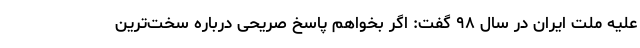
علیه ملت ایران در سال ۹۸ گفت: اگر بخواهم پاسخ صریحی درباره سخت‌ترین